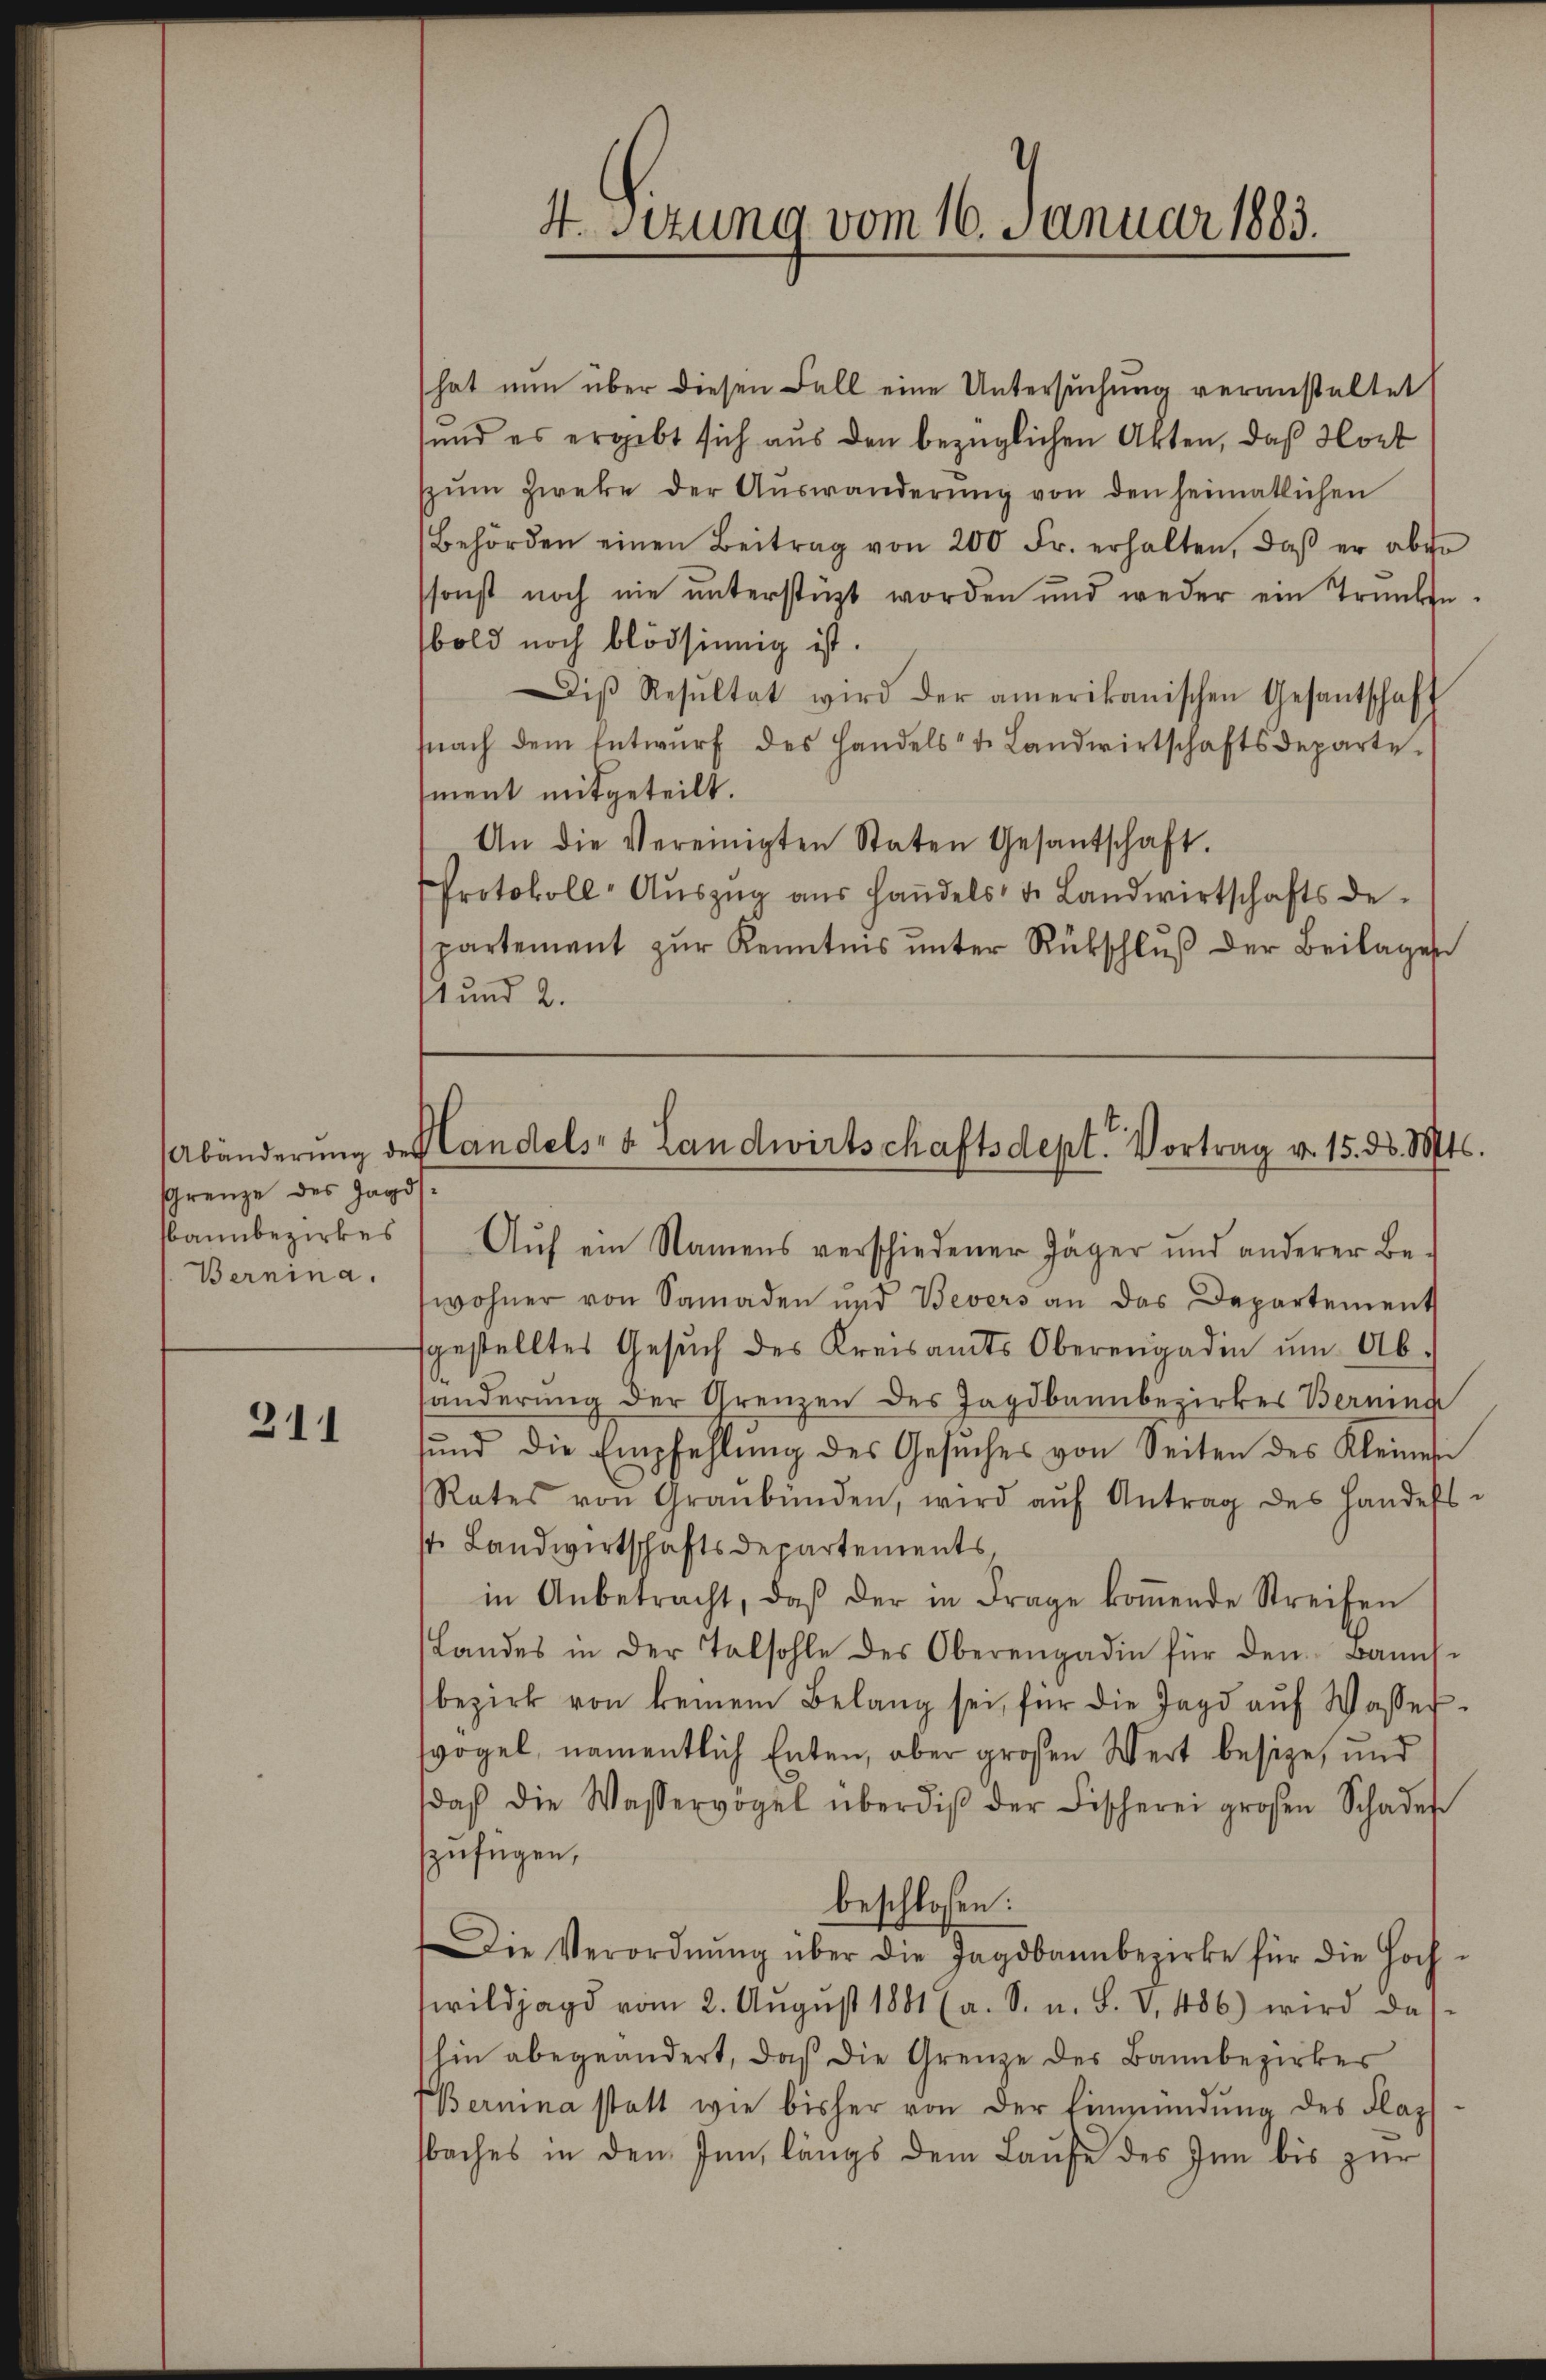
Grenze des Jagd
annbezirkes
Bernina.

311

hat nun über diesen Fall eine Untersŭchŭng veranstaltet
sund es ergibt sich aus den bezüglichen Akten, daß Hort
zŭm Zweke der Aŭswanderŭng von den heimatlichen
Behörden einen Beitrag von 200 Fr. erhalten, daβ er aber
ssonst noch nie ŭnterstüzt worden und weder ein Trunke
bold noch blödsinnig ist.
iβ Resŭltat wird der amerikanischen Gesantschaft
nach dem Entwŭrf des Handelst Landwirtschaftsdeparte
ment mitgeteilt.
An die Vereinigten Staten Gesantschaft.
Protokoll-Aŭszŭg aŭs Handels- u. Landwirtschaftsde-
partement zŭr Kenntnis ŭnter Rückschlŭβ der Beilagen
11 und 2.

4. Sizung vom 16. Januar 1883.

Abänderŭng des Landels- & Landwirtschaftsdept. Vortrag v. 15. d. Mts.

Aŭf ein Namens verschiedener Jäger und anderer Be-
wohner von Samaden und Bevers an das Departement
fgestelltes Gesŭch des Kreisamts Oberengadin ŭm Ab-
händerŭng der Grenzen des Jagdbannbezirkes Berning
sŭnd die Empfehlŭng des Gesŭches von Seiten des Kleines
Rates von Graubünden, wird aŭf Antrag des Handels-
st. Landwirtschaftsdepartements,
in Anbetracht, daβ der in Frage koṁende Streifen
Landes in der Talsohle des Oberengadin für den Banns
bezirk von keinem Belang sei, für die Jagd aŭf Wasser-
vogel, namentlich Enten, aber großen Wert besize, und
daß die Wasservögel überdiβ der Fischerei großen Schade
zufügen,
beschlossen:
Die Verordnŭng über die Jagdbannbezirke für die Hoch-
wildjagd vom 2. August 1881 (a. S. n. F. V 486) wird das
hin abgeändert, daß die Grenze des Bannbezirkes
Bernina statt wie bisher von der Einmündung des Flaz
sbaches in den Inn, längs dem Laufe des Inn bis zur